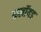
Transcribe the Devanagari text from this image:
कलॉयड